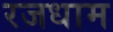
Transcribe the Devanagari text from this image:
रजधाम